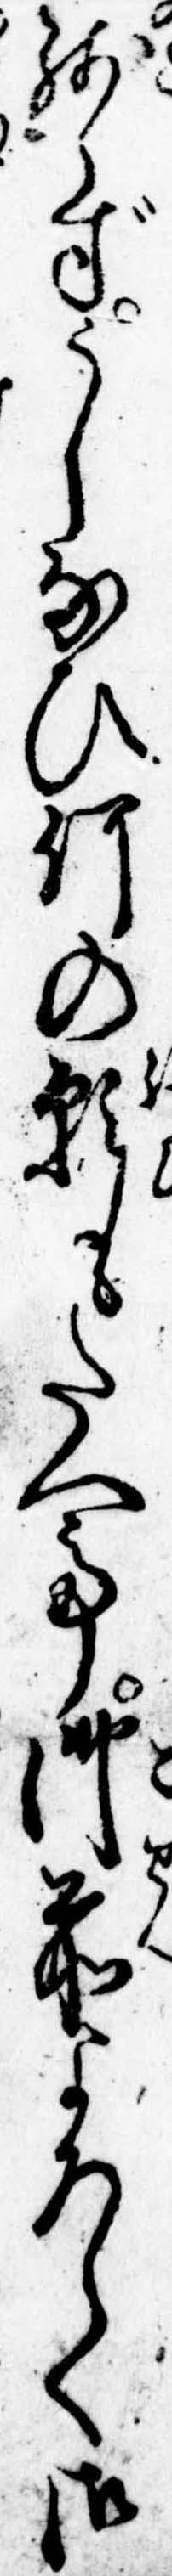
残らずうしなひ何の願もたへて御前よろしく御